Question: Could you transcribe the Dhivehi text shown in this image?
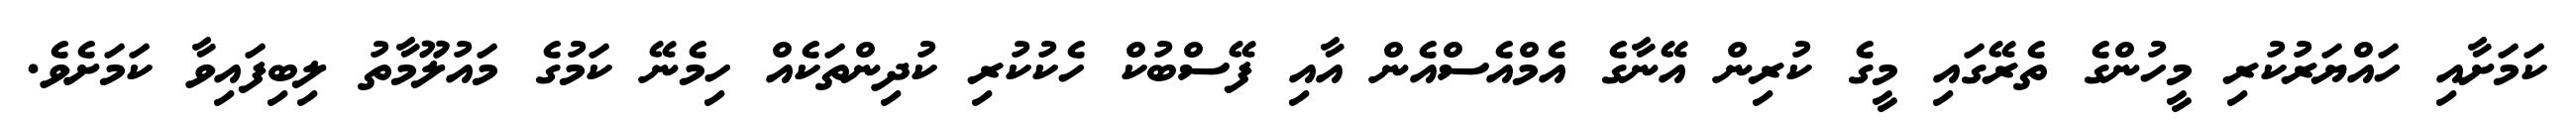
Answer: ކަމަށާއި ހައްޔަރުކުރި މީހުންގެ ތެރޭގައި މީގެ ކުރިން އޭނާގެ އެމްއެސްއެން އާއި ފޭސްބުކް ހެކުކުރި ކުދިންތަކެއް ހިމެނޭ ކަމުގެ މައުލޫމާތު ލިބިފައިވާ ކަމަށެވެ.